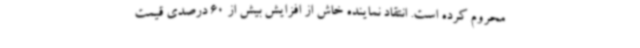
محروم کرده است. انتقاد نماینده خاش از افزایش بیش از 60 درصدی قیمت